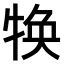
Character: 𤚙